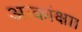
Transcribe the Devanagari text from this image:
आकांक्षा।